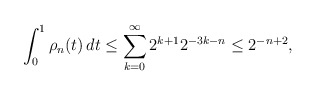
\begin{align*}\int_0^1 \rho_n(t) \, dt \leq \sum_{k = 0}^{\infty} 2^{k+1} 2^{-3k-n} \leq 2^{-n +2}, \end{align*}